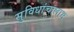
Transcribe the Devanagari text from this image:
सुविधांचालाभ